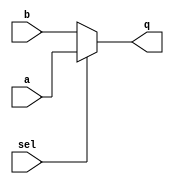
module mux2x1
(
	a,
	b,
	sel,
	q
);
	input wire a, b, sel;
	output reg q;
	
	always @(a or b or sel) begin
		if(sel == 1'b1)
			q <= a;
		else
			q <= b;
	
	end
  

endmodule